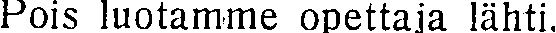
Pois luotamme opettaja lähti.